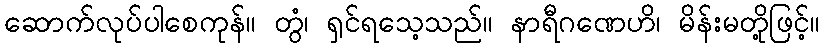
ဆောက်လုပ်ပါစေကုန်။ တွံ၊ ရှင်ရသေ့သည်။ နာရီဂဏေဟိ၊ မိန်းမတို့ဖြင့်။